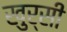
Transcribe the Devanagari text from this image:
खुर्सी